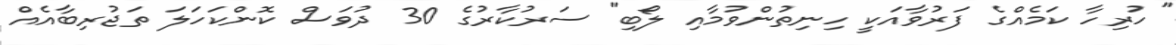
"ހުރިހާ ކަމެއްގެ ފަރުވާއަކީ ހިނިތުންވުމާއި ލޯބި" ސަރުކާރުގެ 30 ދުވަސް ކޮންކަހަލަ ތަޖުރިބާއެއް